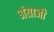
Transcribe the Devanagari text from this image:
अंग्राजी